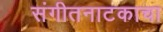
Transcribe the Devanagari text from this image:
संगीतनाटकाचा